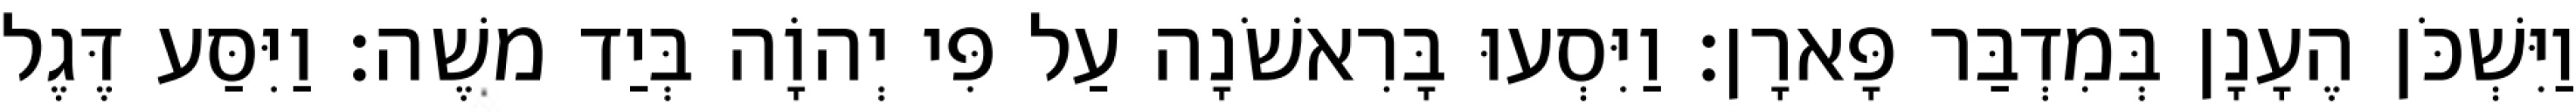
וַיִּשְׁכֹּן הֶעָנָן בְּמִדְבַּר פָּארָן׃ וַיִּסְעוּ בָּרִאשֹׁנָה עַל פִּי יְהוָֹה בְּיַד משֶׁה׃ וַיִּסַּע דֶּגֶל